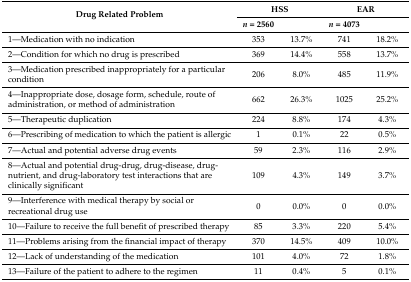
| <ROWSPAN=2> Drug Related Problem | <COLSPAN=2> HSS | <COLSPAN=2> EAR |
 | n = 2560 |  | n = 4073 |  |
 | --- | --- | --- | --- | --- |
 | 1—Medication with no indication | 353 | 13.7% | 741 | 18.2% |
 | 2—Condition for which no drug is prescribed | 369 | 14.4% | 558 | 13.7% |
 | 3—Medication prescribed inappropriately for a particular condition | 206 | 8.0% | 485 | 11.9% |
 | 4—Inappropriate dose, dosage form, schedule, route of administration, or method of administration | 662 | 26.3% | 1025 | 25.2% |
 | 5—Therapeutic duplication | 224 | 8.8% | 174 | 4.3% |
 | 6—Prescribing of medication to which the patient is allergic | 1 | 0.1% | 22 | 0.5% |
 | 7—Actual and potential adverse drug events | 59 | 2.3% | 116 | 2.9% |
 | 8—Actual and potential drug-drug, drug-disease, drug-nutrient, and drug-laboratory test interactions that are clinically significant | 109 | 4.3% | 149 | 3.7% |
 | 9—Interference with medical therapy by social or recreational drug use | 0 | 0.0% | 0 | 0.0% |
 | 10—Failure to receive the full benefit of prescribed therapy | 85 | 3.3% | 220 | 5.4% |
 | 11—Problems arising from the financial impact of therapy | 370 | 14.5% | 409 | 10.0% |
 | 12—Lack of understanding of the medication | 101 | 4.0% | 72 | 1.8% |
 | 13—Failure of the patient to adhere to the regimen | 11 | 0.4% | 5 | 0.1% |